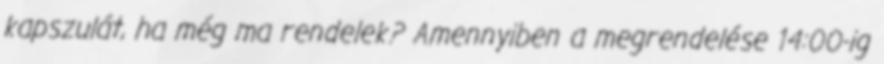
kapszulát, ha még ma rendelek? Amennyiben a megrendelése 14:00-ig